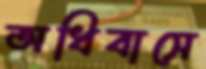
অধিবাসে